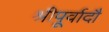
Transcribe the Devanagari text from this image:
श्रीपूर्वादौ